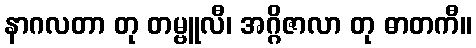
နာဂလတာ တု တမ္ဗူလီ၊ အဂ္ဂိဇာလာ တု ဓာတကီ။